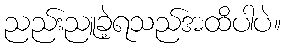
ညည်းညူခဲ့ရသည်အထိပါပဲ။